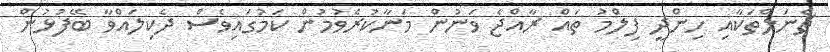
ޗެނަލްތަކާއި ހިންދީ ފިލްމު ތައް ރާއްޖެ ވަނުން މަނާކުރެވުމުން ކަމުގައިވެސް ދެކިލައްވާ ބޭފުޅުން